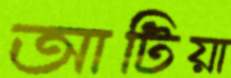
আটিয়া